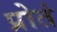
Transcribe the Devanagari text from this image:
प्रोतं